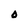
Character: O